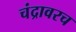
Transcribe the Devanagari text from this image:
चंद्रावरच